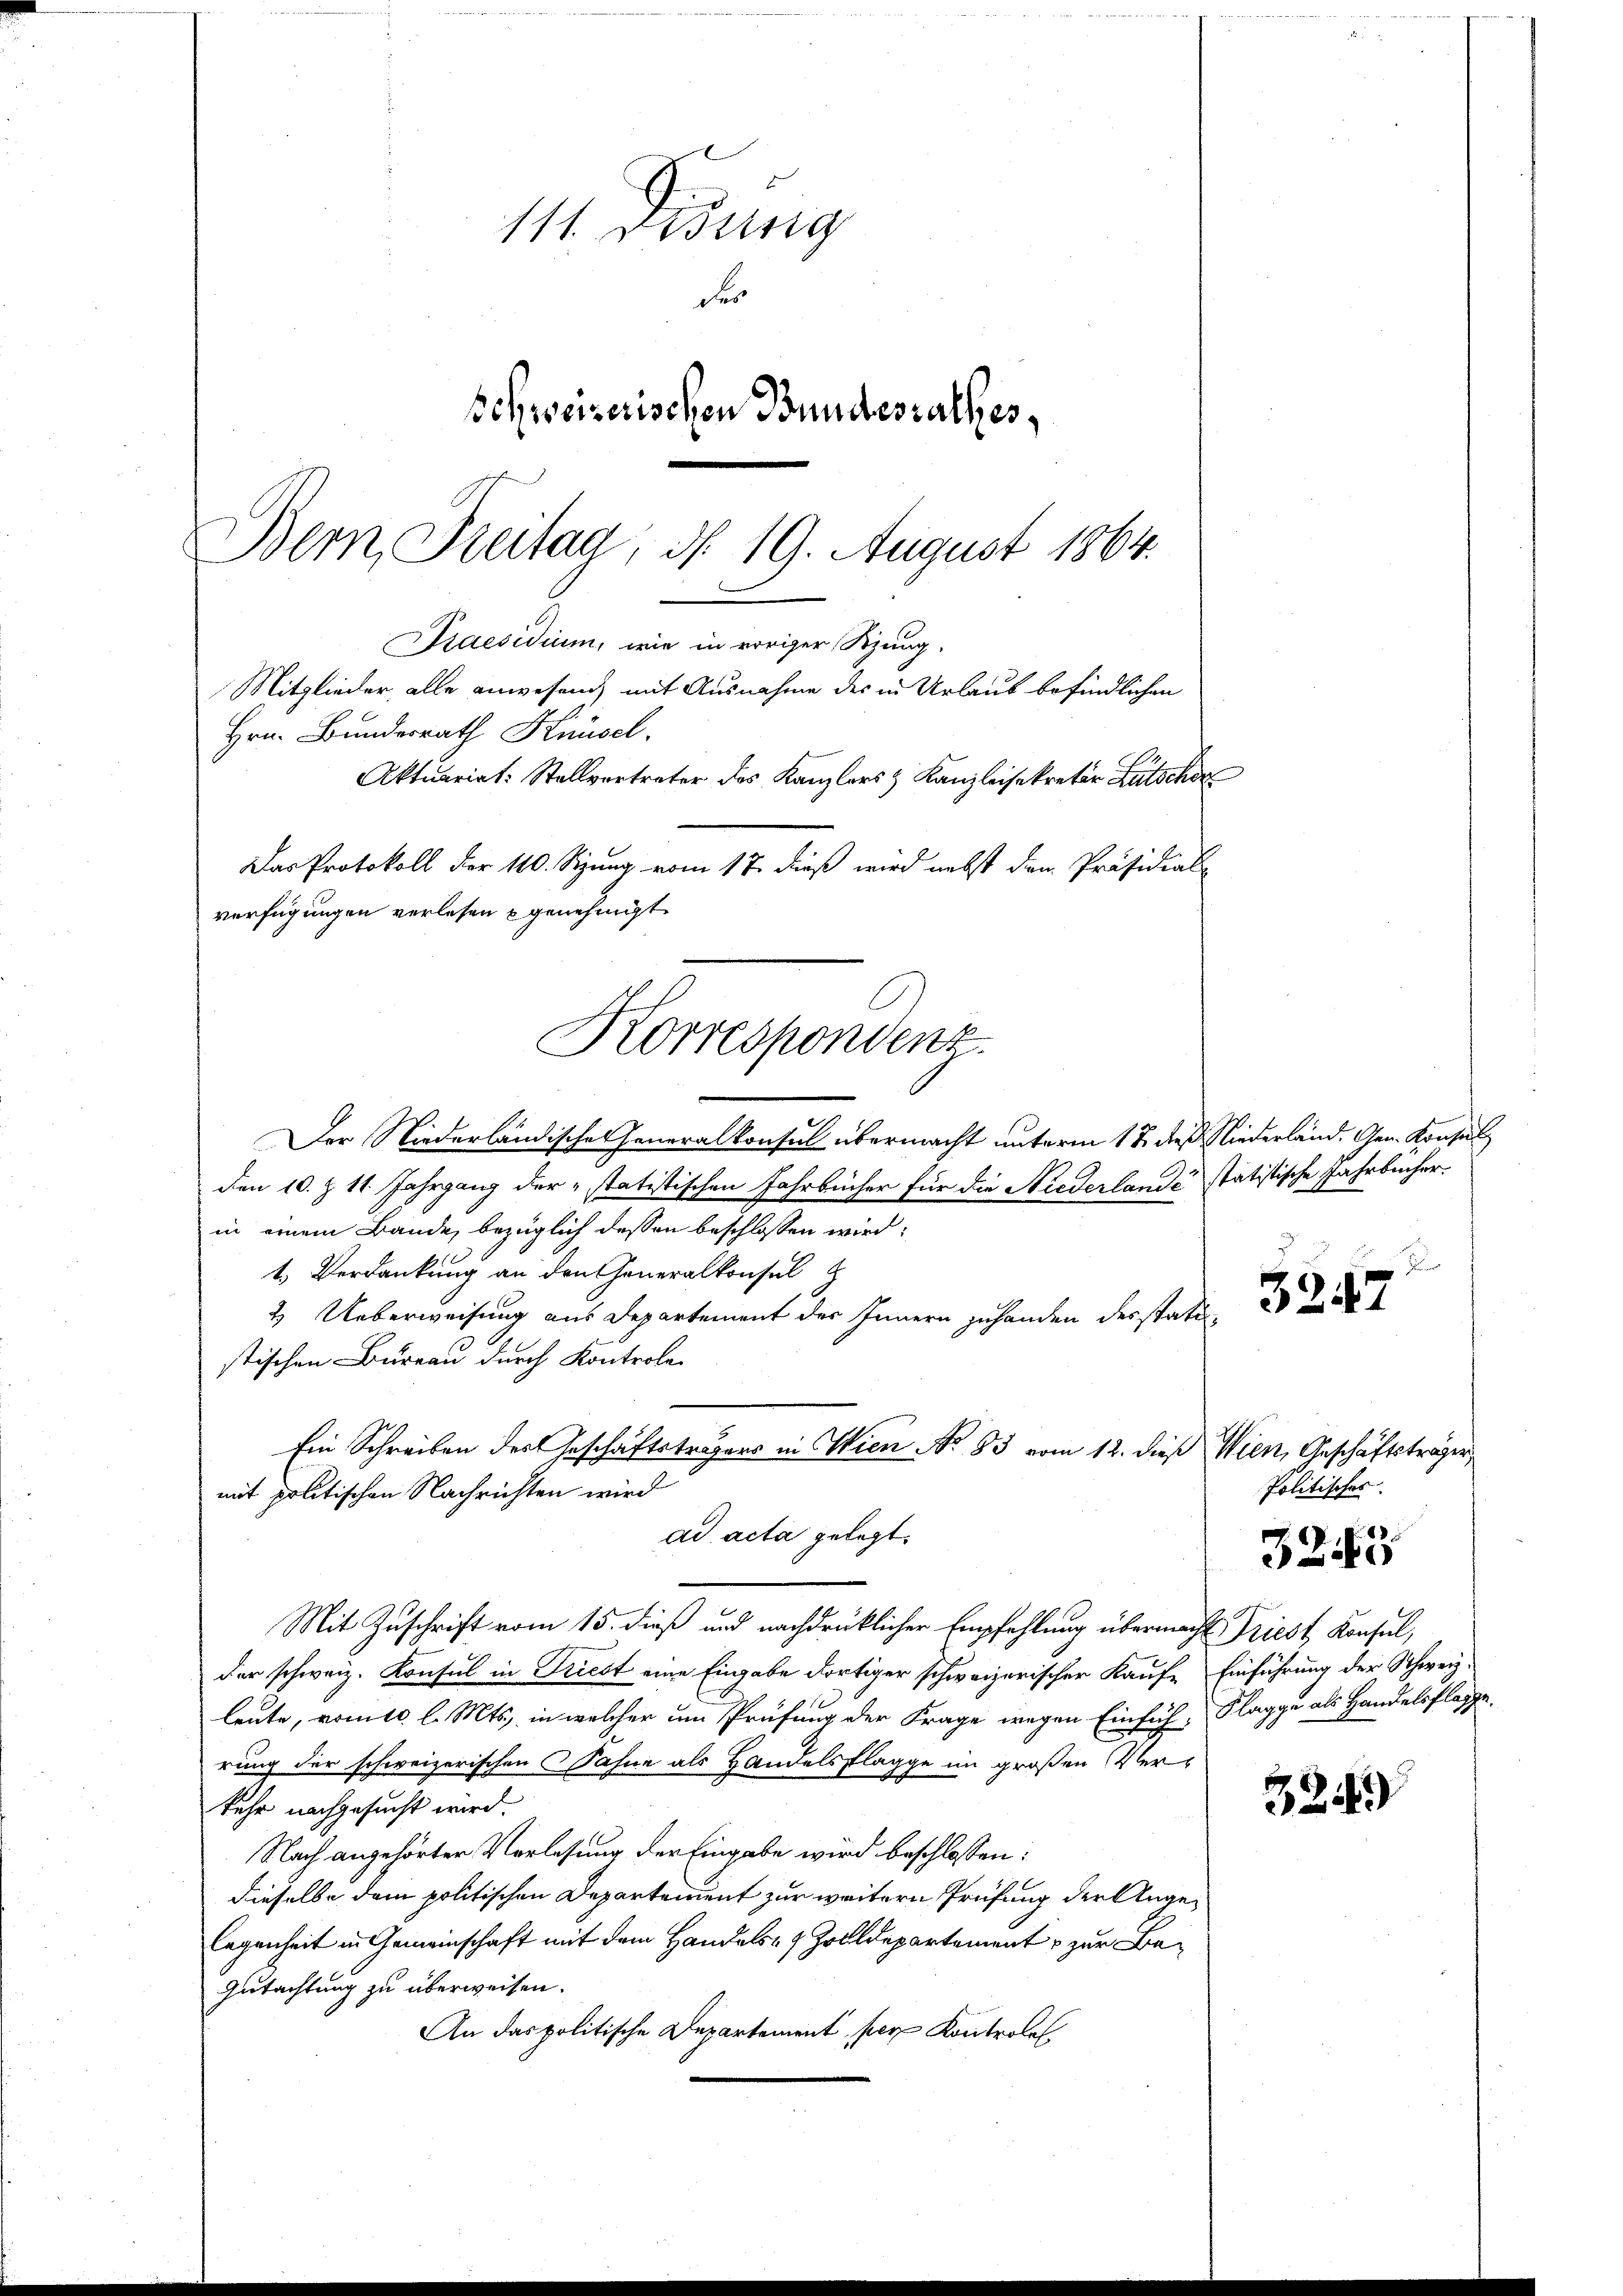
141. Didung
Fr
Schweizerischen Bundesrathes,
Bern, Freitag, d. 19. August 1864.

Der Niederländisches Generalkonsul übermacht unterm 18. dieß Niederland. Gen. Konsul
den 10. Z. 11. Jahrgang der „statistischen Jahrbücher für die Niederlande statistische Jahrbücher.
in einem Bände, bezüglich dessen beschlossen wird;
1. Verdankung an den Generalkonsul z
2. Ueberweisung aus Departement des Innern zuhanden derstatustischen Bureau durch Kontrole
Ein Schreiben des Geschäftsträgers in Wien No 83 vom 12. dieß Wien, Geschäftsträger
mit politischen Nachrichten wird
ad acta gelegt.
Mit Zuschrift vom 15. dieß und nachdrücklicher Empfehlung übermacht Priest Konsul,
der schweiz. Konsul in Friest eine Eingabe dortiger schweizerischer Kauf- Einführung der Schweiz.
leute, vom l. Mts., in welcher um Prüfung der Frage wegen Einfüh- Flagge als Handelsflasse.
rung der schweizerischen Fahne als Handelsklagge im großen Verkehr nachgesucht wird.
Nach angehörter Verlesung der Eingabe wird beschlossen:
dieselbe dem politischen Departement zur weitern Prüfung der Angelegenheit in Gemeinschaft mit dem Handels- & Zolldepartement zur Be¬
Gutachtung zu überweisen.
An das politische Departement per Kontrole

Hrn. Bundesrath Kisel.
Das Protokoll der 110. Sizung vom 17. dieß wird nebst dem Präsidial-
verfügungen verlesen genehmigt.
Korrespondenz.

Praesidium, wie in voriger Sitzung,
Mitglieder, alle anwesend mit Ausnahme des in Urlaub befindlichen
Aktuariat: Stellvertreter des Kanzlers & Kanzleisekretär Lütschr

2

5247

Politisches.

3243

334)